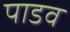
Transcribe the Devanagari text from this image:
पाडव